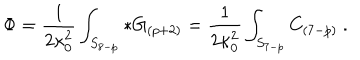
\Phi = { \frac { 1 } { 2 \kappa _ { 0 } ^ { 2 } } } \int _ { S _ { 8 - p } } * G _ { ( p + 2 ) } = { \frac { 1 } { 2 \kappa _ { 0 } ^ { 2 } } } \int _ { S _ { 7 - p } } C _ { ( 7 - p ) } \ .